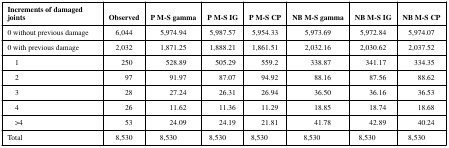
<table><thead><tr><td><b>Increments of damaged joints</b></td><td><b>Observed</b></td><td><b>P M-S gamma</b></td><td><b>P M-S IG</b></td><td><b>P M-S CP</b></td><td><b>NB M-S gamma</b></td><td><b>NB M-S IG</b></td><td><b>NB M-S CP</b></td></tr></thead><tbody><tr><td>0 without previous damage</td><td>6,044</td><td>5,974.94</td><td>5,987.57</td><td>5,954.33</td><td>5,973.69</td><td>5,972.84</td><td>5,974.07</td></tr><tr><td>0 with previous damage</td><td>2,032</td><td>1,871.25</td><td>1,888.21</td><td>1,861.51</td><td>2,032.16</td><td>2,030.62</td><td>2,037.52</td></tr><tr><td>1</td><td>250</td><td>528.89</td><td>505.29</td><td>559.2</td><td>338.87</td><td>341.17</td><td>334.35</td></tr><tr><td>2</td><td>97</td><td>91.97</td><td>87.07</td><td>94.92</td><td>88.16</td><td>87.56</td><td>88.62</td></tr><tr><td>3</td><td>28</td><td>27.24</td><td>26.31</td><td>26.94</td><td>36.50</td><td>36.16</td><td>36.53</td></tr><tr><td>4</td><td>26</td><td>11.62</td><td>11.36</td><td>11.29</td><td>18.85</td><td>18.74</td><td>18.68</td></tr><tr><td>&gt;4</td><td>53</td><td>24.09</td><td>24.19</td><td>21.81</td><td>41.78</td><td>42.89</td><td>40.24</td></tr><tr><td>Total</td><td>8,530</td><td>8,530</td><td> 8,530</td><td> 8,530</td><td>8,530</td><td>8,530</td><td>8,530</td></tr></tbody></table>